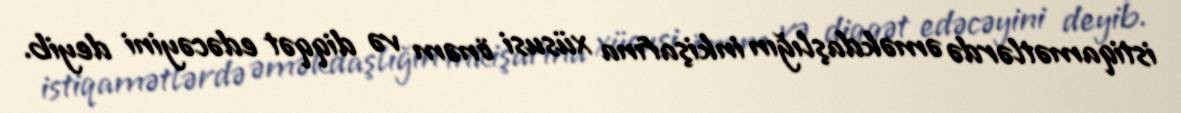
istiqamətlərdə əməkdaşlığın inkişafına xüsusi önəm və diqqət edəcəyini deyib.